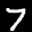
Label: 7